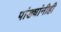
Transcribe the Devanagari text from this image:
पांड्यांनीही